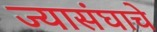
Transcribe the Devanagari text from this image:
ज्यासंघाचे